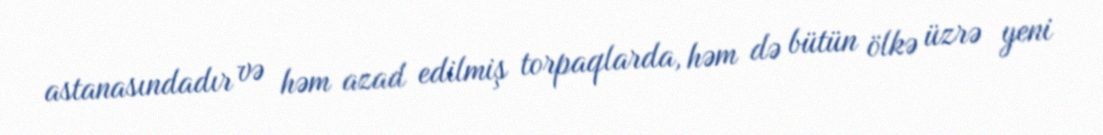
astanasındadır və həm azad edilmiş torpaqlarda, həm də bütün ölkə üzrə yeni